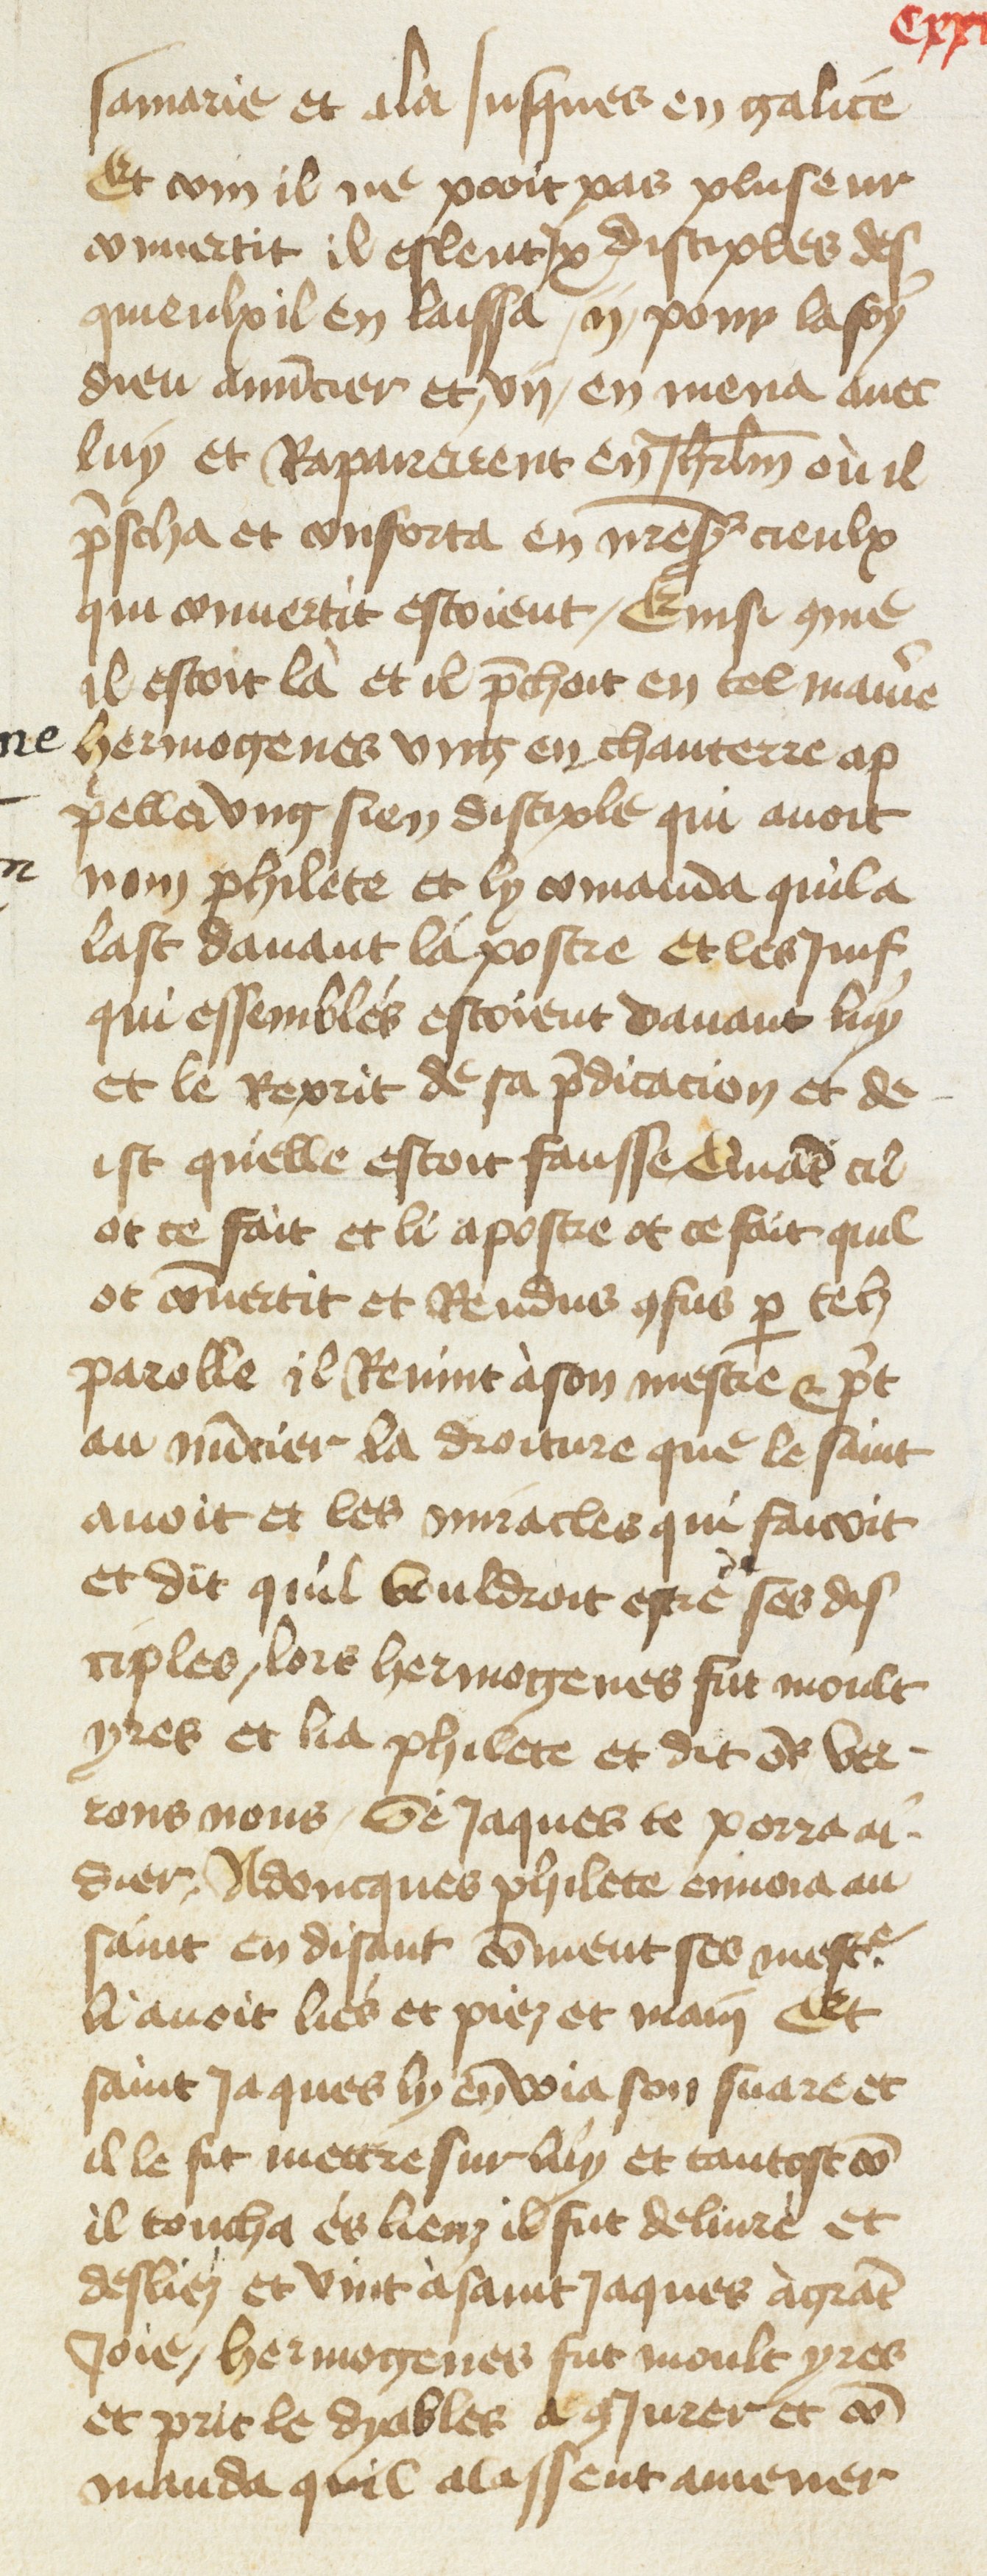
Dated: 1400–1499